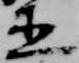
直